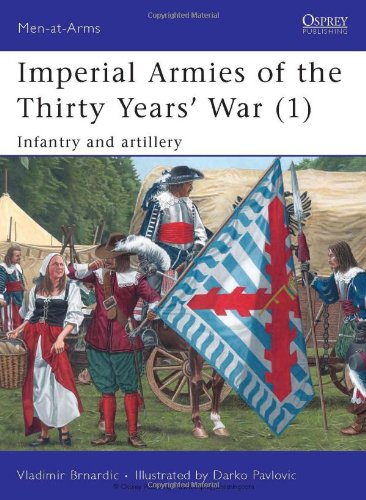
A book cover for Imperial Armies of the Thirty Years'  War (1): Infantry and artillery (Men-at-Arms); Vladimir Brnardic; History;